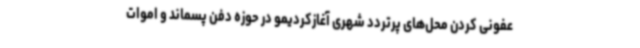
عفونی کردن محل‌های پرتردد شهری آغازکردیمو در حوزه دفن پسماند و اموات